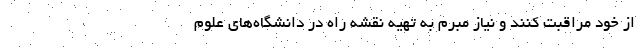
از خود مراقبت کنند و نیاز مبرم به تهیه نقشه راه در دانشگاه‌های علوم